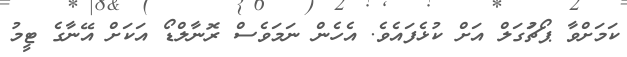
ކަމަށްވާ ޕޯޗުަގަލް އަށް ކުޅެފައެވެ. އެހެން ނަމަވެސް ރޮނާލްޑޯ އަކަށް އޭނާގެ ޓީމު